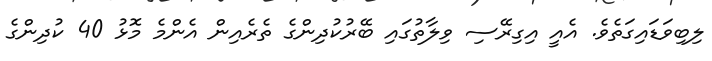
ލިބިވަޑައިގަތެވެ. އެއީ އިގިރޭސި ވިލާތުގައި ބޭރުކުދިންގެ ތެރެއިން އެންމެ މޮޅު 40 ކުދިންގެ